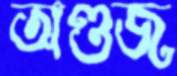
অণ্ডজ